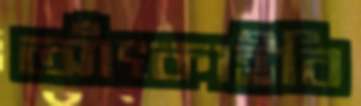
আঁৎকাইবি